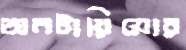
অনটারিয়োর